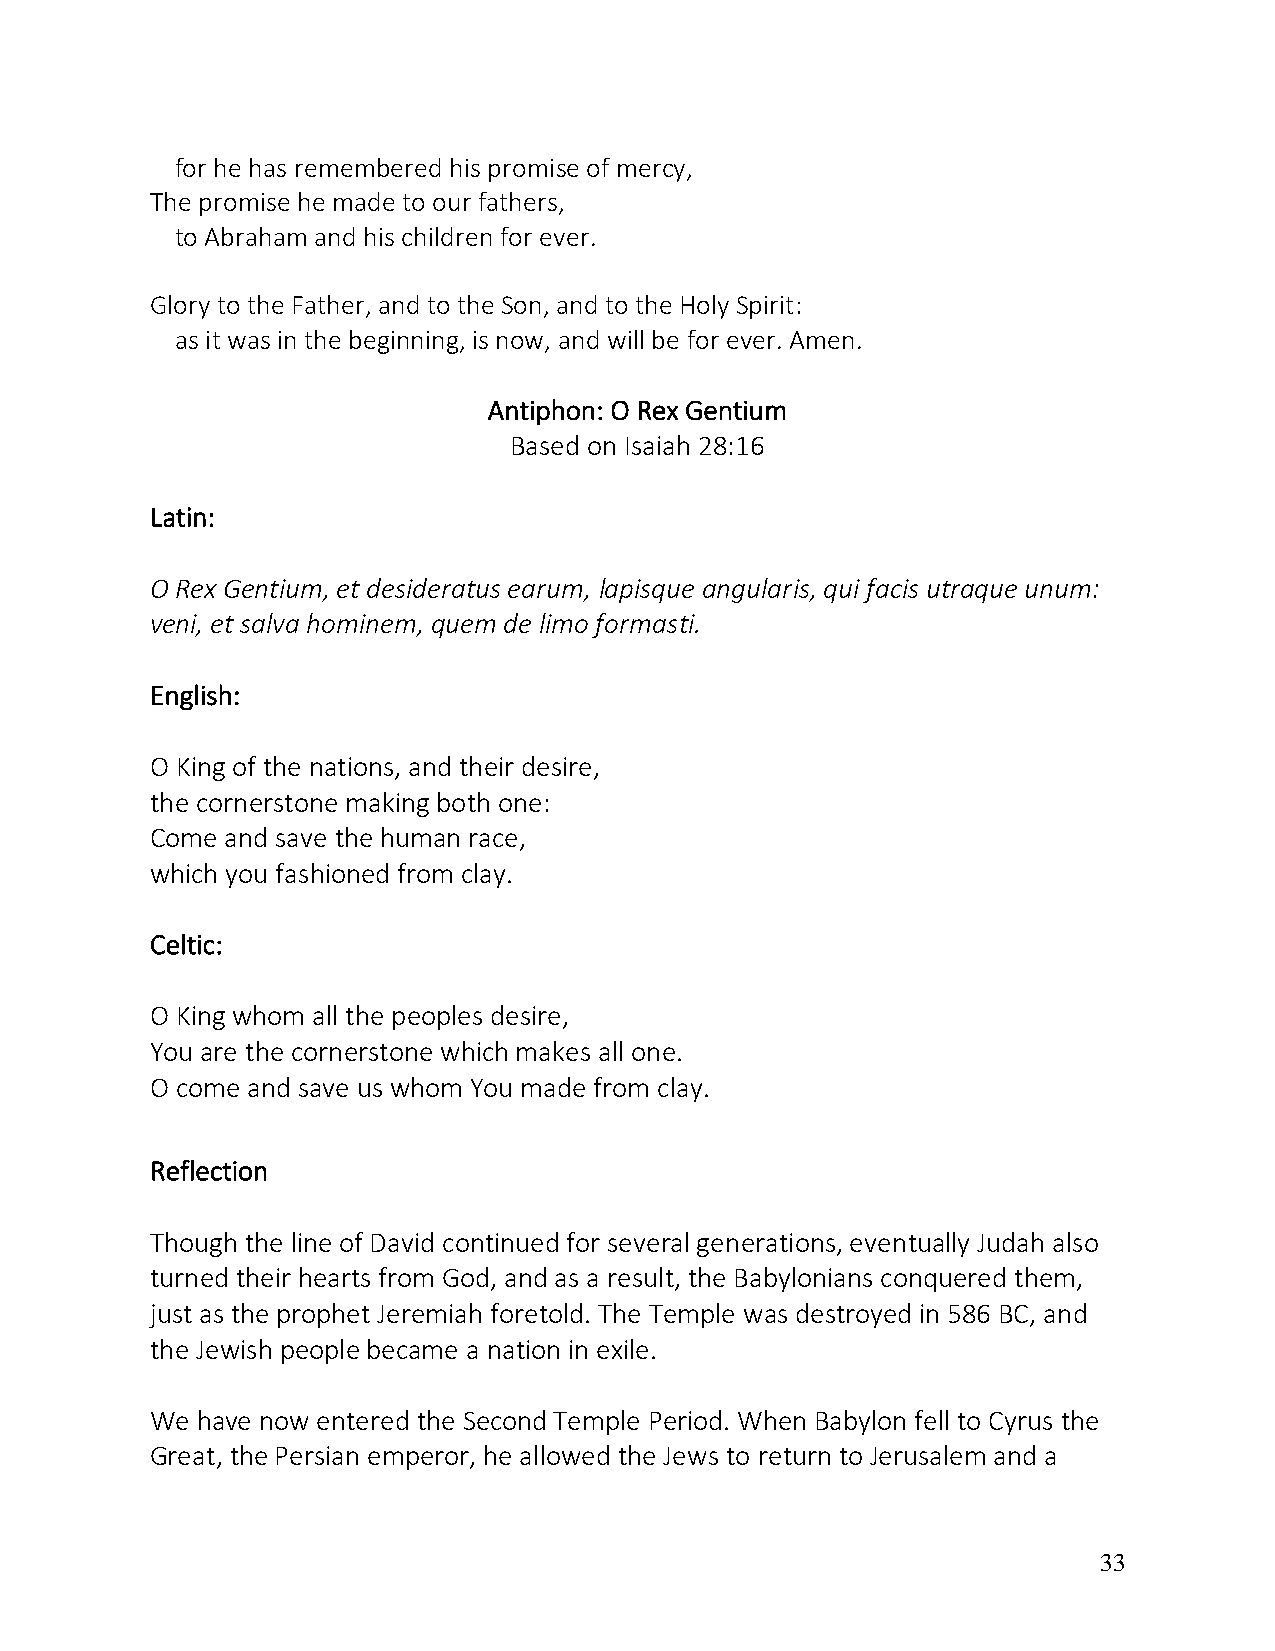
for he has remembered his promise of mercy,
 The promise he made to our fathers,
 to Abraham and his children for ever.
 Glory to the Father, and to the Son, and to the Holy Spirit:
 as it was in the beginning, is now, and will be for ever. Amen.
 Antiphon: O Rex Gentium
 Based on Isaiah 28:16
 Latin:
 O Rex Gentium, et desideratus earum, lapisque angularis, qui facis utraque unum:
 veni, et salva hominem, quem de limo formasti.
 English:
 O King of the nations, and their desire,
 the cornerstone making both one:
 Come and save the human race,
 which you fashioned from clay.
 Celtic:
 O King whom all the peoples desire,
 You are the cornerstone which makes all one.
 O come and save us whom You made from clay.
 Reflection
 Though the line of David continued for several generations, eventually Judah also
 turned their hearts from God, and as a result, the Babylonians conquered them,
 just as the prophet Jeremiah foretold. The Temple was destroyed in 586 BC, and
 the Jewish people became a nation in exile.
 We have now entered the Second Temple Period. When Babylon fell to Cyrus the
 Great, the Persian emperor, he allowed the Jews to return to Jerusalem and a
 33